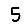
Digit: 5